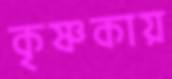
কৃষ্ণকায়